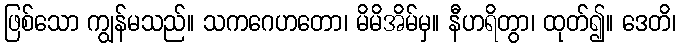
ဖြစ်သော ကျွန်မသည်။ သကဂေဟတော၊ မိမိအိမ်မှ။ နီဟရိတွာ၊ ထုတ်၍။ ဒေတိ၊